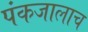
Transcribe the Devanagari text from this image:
पंकजालाच